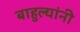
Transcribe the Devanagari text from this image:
बाहुल्यांनी